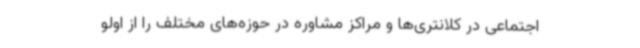
اجتماعی در کلانتری‌ها و مراکز مشاوره در حوزه‌های مختلف را از اولو